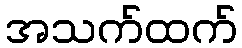
အသက်ထက်